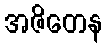
အဇိတေန